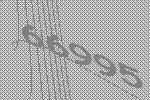
66995